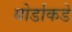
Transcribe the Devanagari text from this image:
बोर्डाकडे